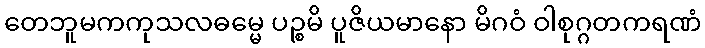
တေဘူမကကုသလဓမ္မေ ပဉ္စမိ ပူဇိယမာနော မိဂဝံ ဝါစုဂ္ဂတကရဏံ